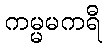
ကမ္မမကရီ